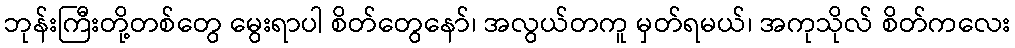
ဘုန်းကြီးတို့တစ်တွေ မွေးရာပါ စိတ်တွေနော်၊ အလွယ်တကူ မှတ်ရမယ်၊ အကုသိုလ် စိတ်ကလေး